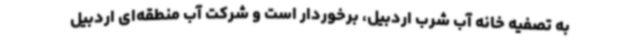
به تصفیه خانه آب شرب اردبیل، برخوردار است و شرکت آب منطقه‌ای اردبیل